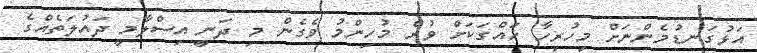
އަޅުގަނޑުމެންނަށް މިހުރިހާ ހައްގަކަށް ވުރެ މުހިންމު ވެގެން މި ދަނީ އިސްލާމީ ދައުލަތެއްގެ